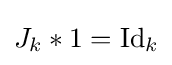
J_{k}*1={\text{Id}}_{k}